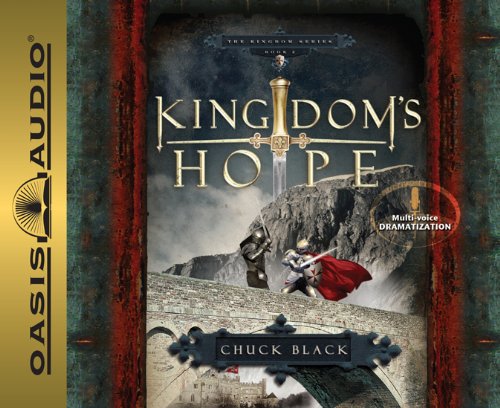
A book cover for Kingdom's Hope (Kingdom Series, Book 2); Chuck Black; Teen & Young Adult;